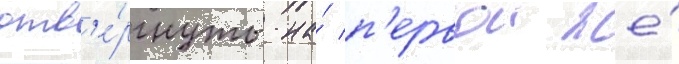
отв'е́ргнуты на́ п'ервои же́